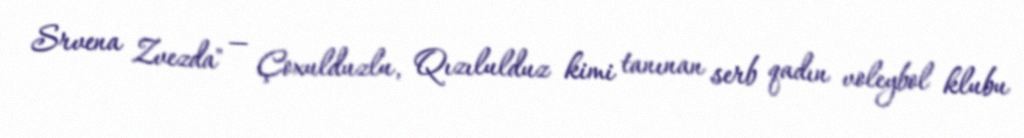
Srvena Zvezda" — Çoxulduzlu, Qızılulduz kimi tanınan serb qadın voleybol klubu